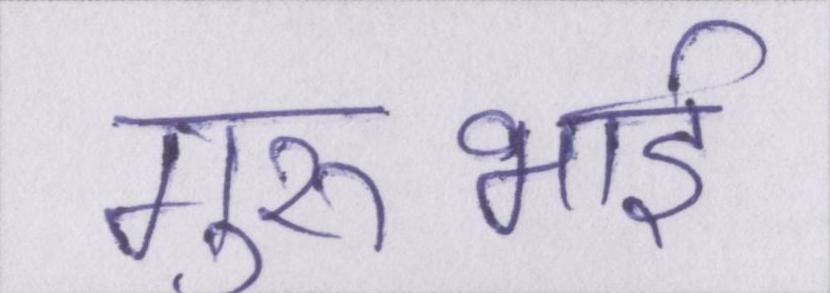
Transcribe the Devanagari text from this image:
गुरुभाई